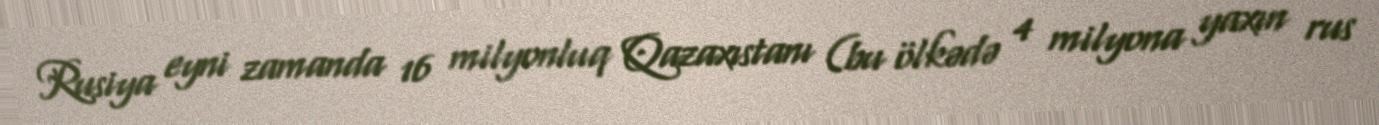
Rusiya eyni zamanda 16 milyonluq Qazaxıstanı (bu ölkədə 4 milyona yaxın rus